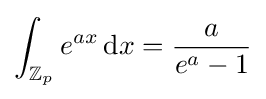
\int _{\mathbb {Z} _{p}}e^{ax}\,{\rm {d}}x={\frac {a}{e^{a}-1}}